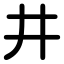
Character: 井